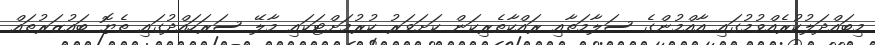
މިބައްދަލުކުރެއްވުމުގައި އާއްމުންގެ ސަލާމަތާއި ރައްކާތެރިކަން ކަށަވަރު ކުރުމަށްޓަކައި މާލޭ ސަރަހައްދުގައި ތެޔޮ ބައުޒަރުތައް